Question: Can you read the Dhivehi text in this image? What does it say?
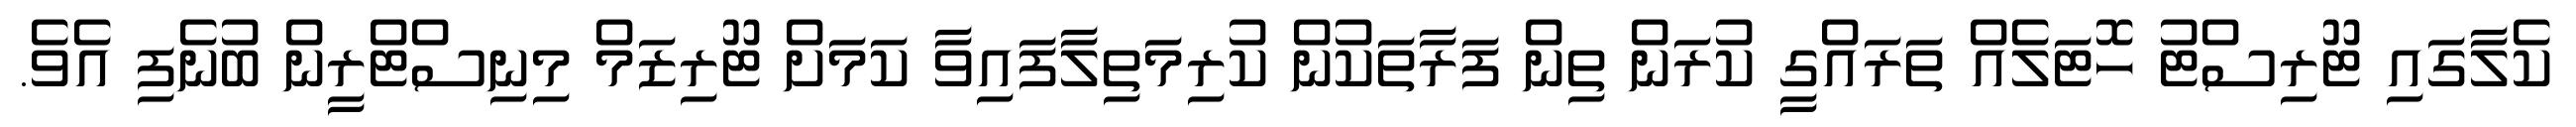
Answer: ކެލާގައި ޓޫރިސްޓު ހޮޓަލެއް ތަރައްގީ ކުރަން ތިން ފަރާތަކުން ކުރިމަތިލާފައިވާ ކަމަށް ޓޫރިޒަމް މިނިސްޓްރީން ބުނެފި އެވެ.